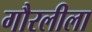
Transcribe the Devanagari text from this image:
गौरलीला